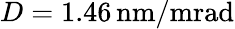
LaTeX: D=1.46\, \mathrm{nm/mrad}